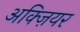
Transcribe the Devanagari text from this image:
अक्ज़ियर